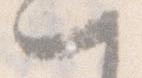
一